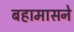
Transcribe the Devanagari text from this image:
बहामासने